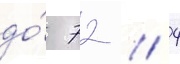
до́ 72 / 4